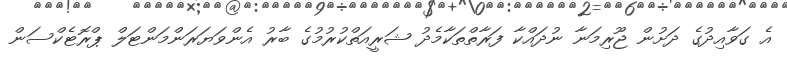
އެ ގަވާއިދުގެ ދަށުން ޖޫރިމަނާ ނުދައްކާ ފަރާތްތަކާމެދު ޝަރީއަތްކުރުމުގެ ބާރު އެންވަޔަރަންމަންޓަލް ޕްރޮޓެކްސަން